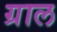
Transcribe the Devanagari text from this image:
ग्राल